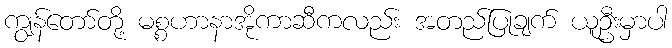
ကျွန်တော်တို့ မစ္စဟာနာအိုကာဆီကလည်း အတည်ပြုချက် ယူဦးမှာပါ